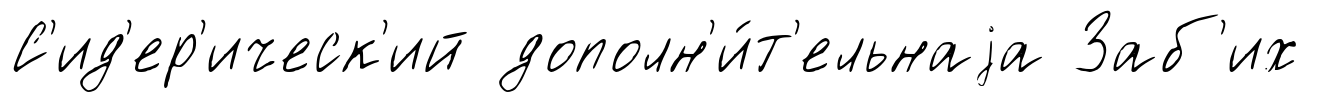
С'ид'ер'ическ'ий дополн'и́т'ельнаjа Заб'их